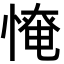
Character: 𢞷